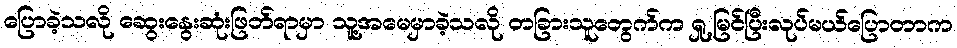
ပြောခဲ့သလို ဆွေးနွေးဆုံးဖြတ်ရာမှာ သူ့အမေမှာခဲ့သလို တခြားသူတွေက်က ရှု့မြင်ပြီးလုပ်မယ်ပြောတာက